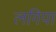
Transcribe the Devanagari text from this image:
लगिया